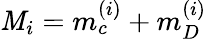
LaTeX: \mathit{M}_{i}=m_{c}^{(i)}+m_{D}^{(i)}